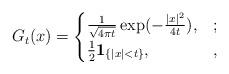
LaTeX: \begin{align*}G_t(x)=\begin{cases}\frac1{\sqrt{4\pi t}}\exp (-\frac{|x|^2}{4t}), &;\\\frac12 \mathbf 1_{\{|x|<t\}}, &,\end{cases}\end{align*}